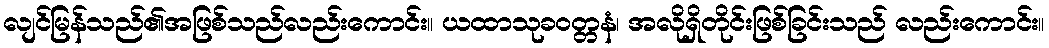
လျင်မြန်သည်၏အဖြစ်သည်လည်းကောင်း။ ယထာသုခဝတ္တနံ၊ အလိုရှိတိုင်းဖြစ်ခြင်းသည် လည်းကောင်း။